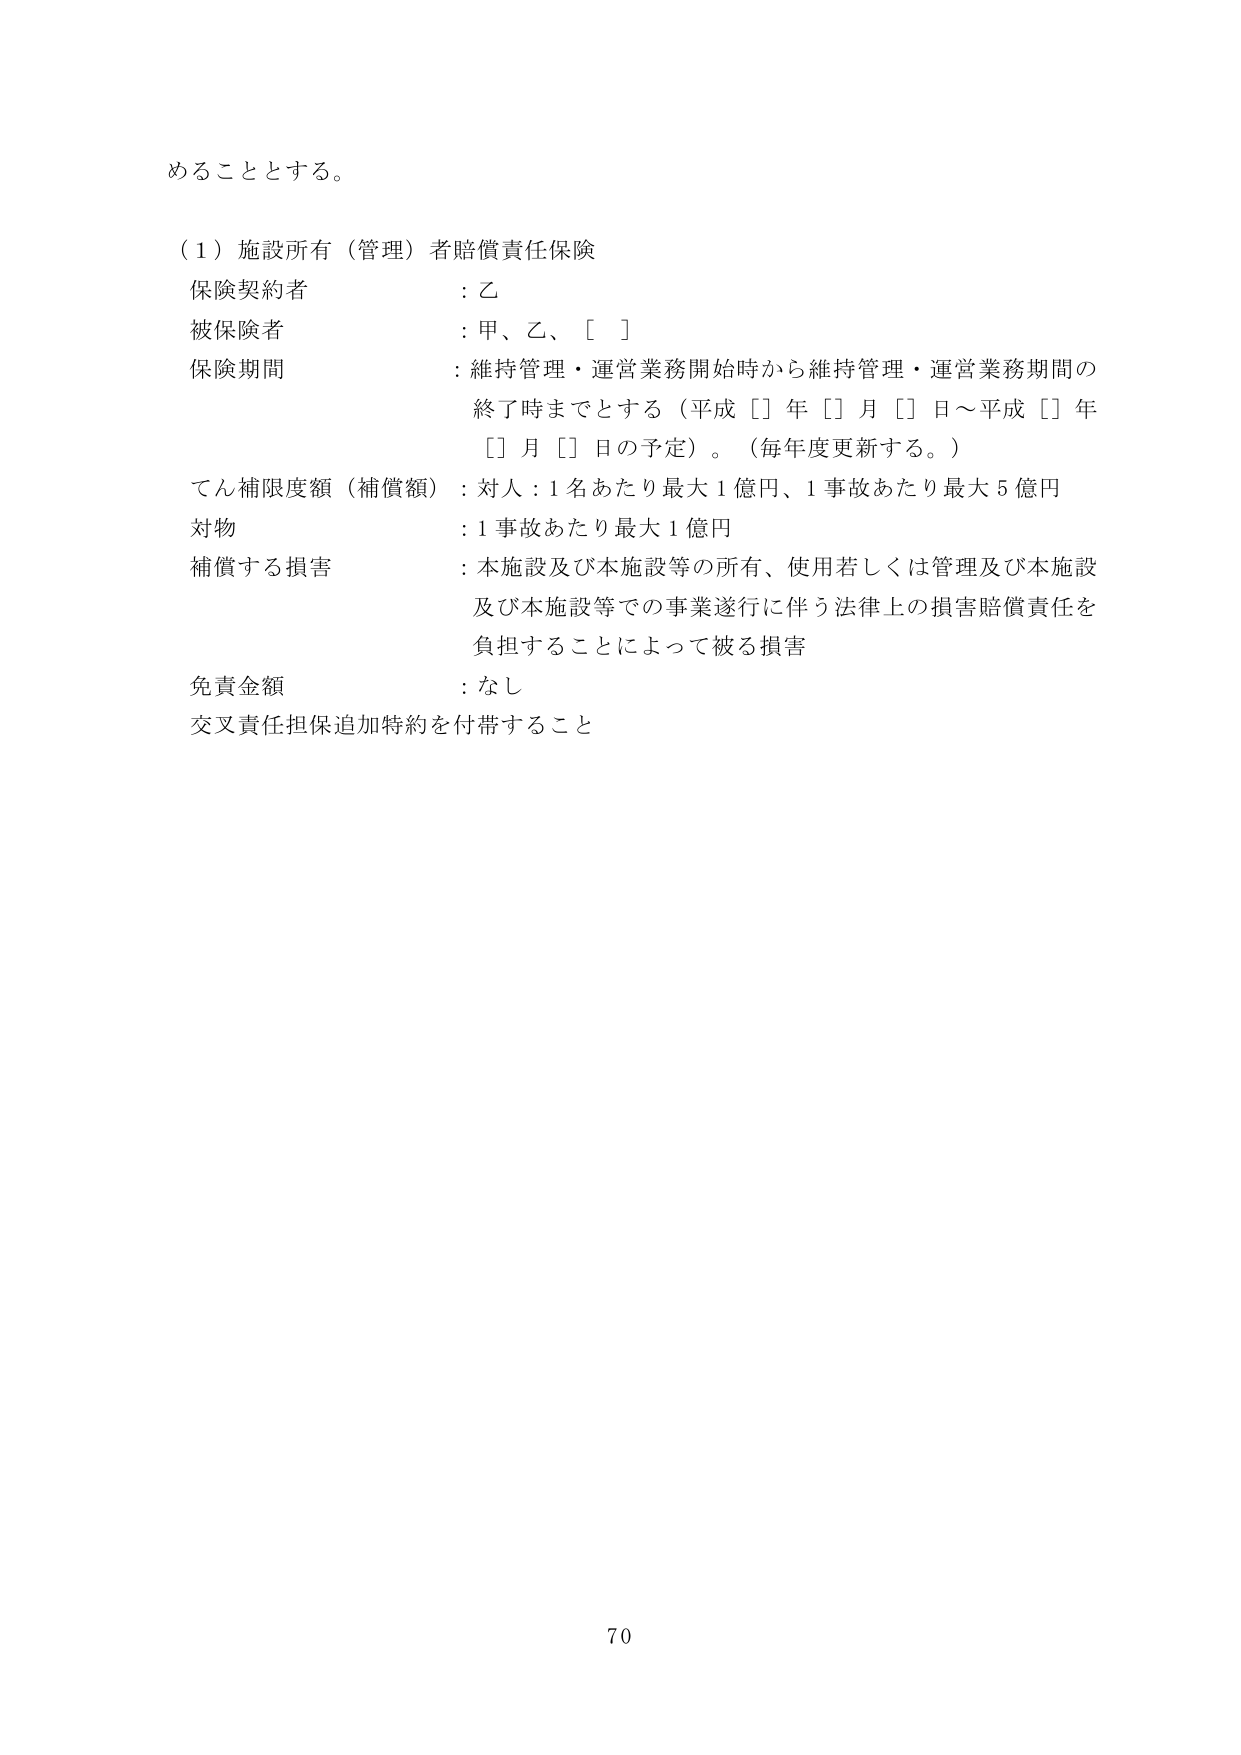
めることとする。

（１）施設所有（管理）者賠償責任保険
保険契約者 ：乙
被保険者 ：甲、乙、［ ］
保険期間 ：維持管理・運営業務開始時から維持管理・運営業務期間の
　　　　　　終了時までとする（平成［］年［］月［］日～平成［］年
　　　　　　［］月［］日の予定）。（毎年度更新する。）
てん補限度額（補償額）：対人：1名あたり最大1億円、1事故あたり最大5億円
対物 ：1事故あたり最大1億円
補償する損害 ：本施設及び本施設等の所有、使用若しくは管理及び本施設
　　　　　　及び本施設等での事業遂行に伴う法律上の損害賠償責任を
　　　　　　負担することによって被る損害
免責金額 ：なし
交叉責任担保追加特約を付帯すること

70